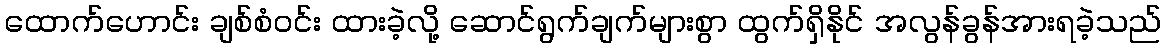
ထောက်ဟောင်း ချစ်စံဝင်း ထားခဲ့လို့ ဆောင်ရွက်ချက်များစွာ ထွက်ရှိနိုင် အလွန်ခွန်အားရခဲ့သည်